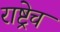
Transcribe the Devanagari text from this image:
राष्ट्रेच